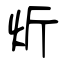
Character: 炘